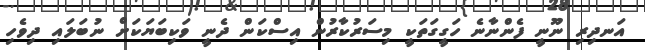
އަނދިރި ނޫނީ ފެންނާނެ ހަގީގަތަކީ މިސަރުކާރުން އިސްކަން ދެނީ ވަކިބަޔަކަށް ނުބަލައި ދިވެހި